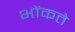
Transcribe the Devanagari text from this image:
भोंकते